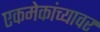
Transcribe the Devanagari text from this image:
एकमेकांच्यावर